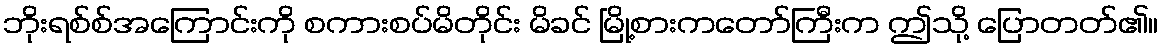
ဘိုးရစ်စ်အကြောင်းကို စကားစပ်မိတိုင်း မိခင် မြို့စားကတော်ကြီးက ဤသို့ ပြောတတ်၏။